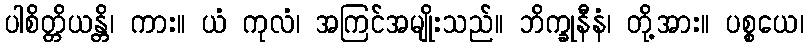
ပါစိတ္တိယန္တိ၊ ကား။ ယံ ကုလံ၊ အကြင်အမျိုးသည်။ ဘိက္ခုနီနံ၊ တို့အား။ ပစ္စယေ၊